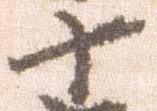
十